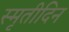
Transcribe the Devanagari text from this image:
स्मृतीदिन